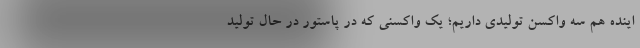
اینده هم سه واکسن تولیدی داریم؛ یک واکسنی که در پاستور در حال تولید